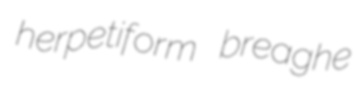
herpetiform breaghe